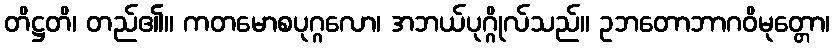
တိဋ္ဌတိ၊ တည်၏။ ကတမောစပုဂ္ဂလော၊ အဘယ်ပုဂ္ဂိုလ်သည်။ ဥဘတောဘာဂဝိမုတ္တော၊